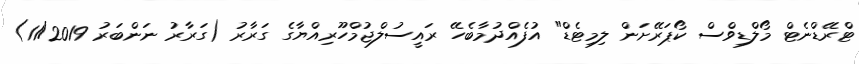
ޓްރޭޑްނެޓް މޯލްޑިވްސް ކޯޕަރޭށަން ލިމިޓެޑް" އުފެއްދުމާބެހޭ ރައީސުލްޖުމްހޫރިއްޔާގެ ގަރާރު (ގަރާރު ނަންބަރު 11/2019)